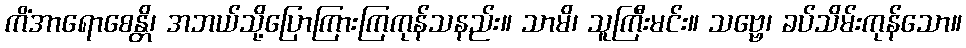
ကိံအာရောစေန္တိ၊ အဘယ်သို့ပြောကြားကြကုန်သနည်း။ သာမိ၊ သူကြီးမင်း။ သဗ္ဗေ၊ ခပ်သိမ်းကုန်သော။